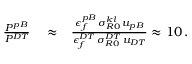
\begin{array} { r l r } { \frac { P ^ { p B } } { P ^ { D T } } } & { { } \approx } & { \frac { \epsilon _ { f } ^ { p B } \, \sigma _ { R 0 } ^ { k l } \, u _ { p B } } { \epsilon _ { f } ^ { D T } \, \sigma _ { R 0 } ^ { D T } \, u _ { D T } } \approx 1 0 \, . } \end{array}